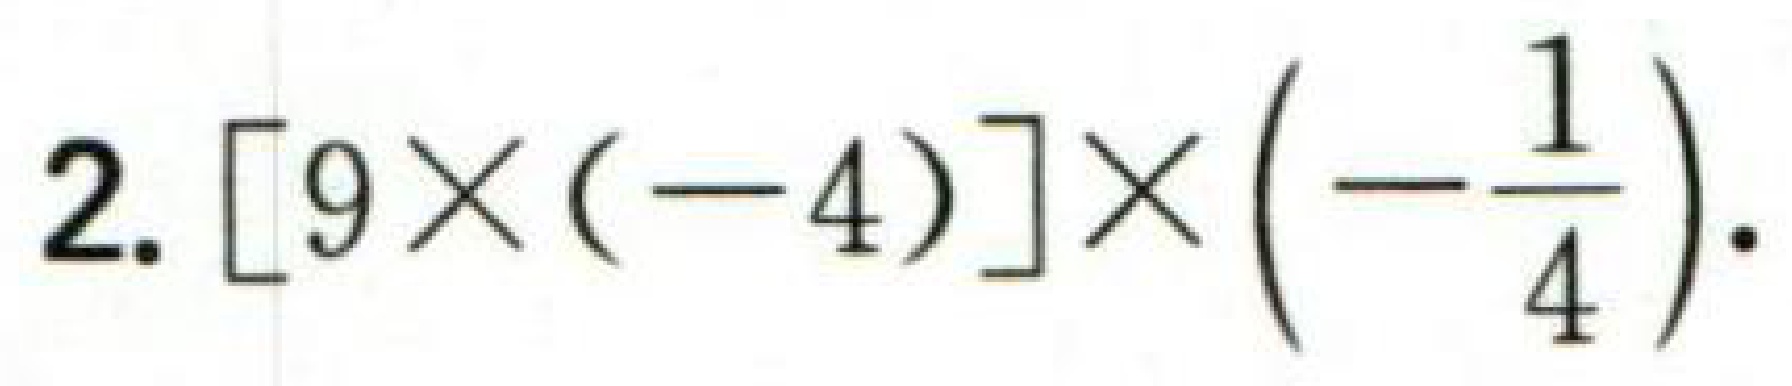
\(2.[9\times(-4)]\times\left(-\dfrac{1}{4}\right).\)